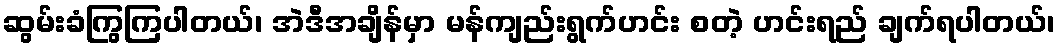
ဆွမ်းခံကြွကြပါတယ်၊ အဲဒီအချိန်မှာ မန်ကျည်းရွက်ဟင်း စတဲ့ ဟင်းရည် ချက်ရပါတယ်၊